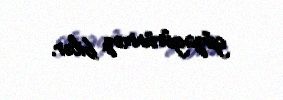
gözəgörünməz bilər.